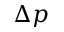
\Delta p